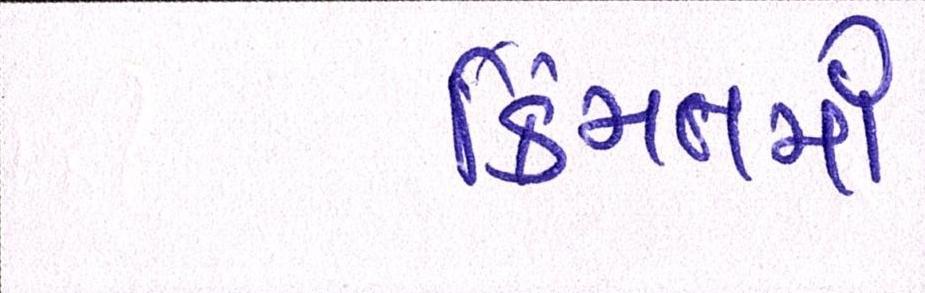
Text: કિંમતમાં